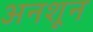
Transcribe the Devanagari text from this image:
अनशून